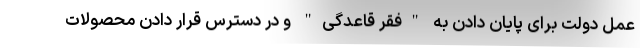
عمل دولت برای پایان دادن به "فقر قاعدگی" و در دسترس قرار دادن محصولات